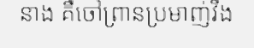
នាង គឺចៅព្រានប្រមាញ់វឹង